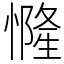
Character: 㦕